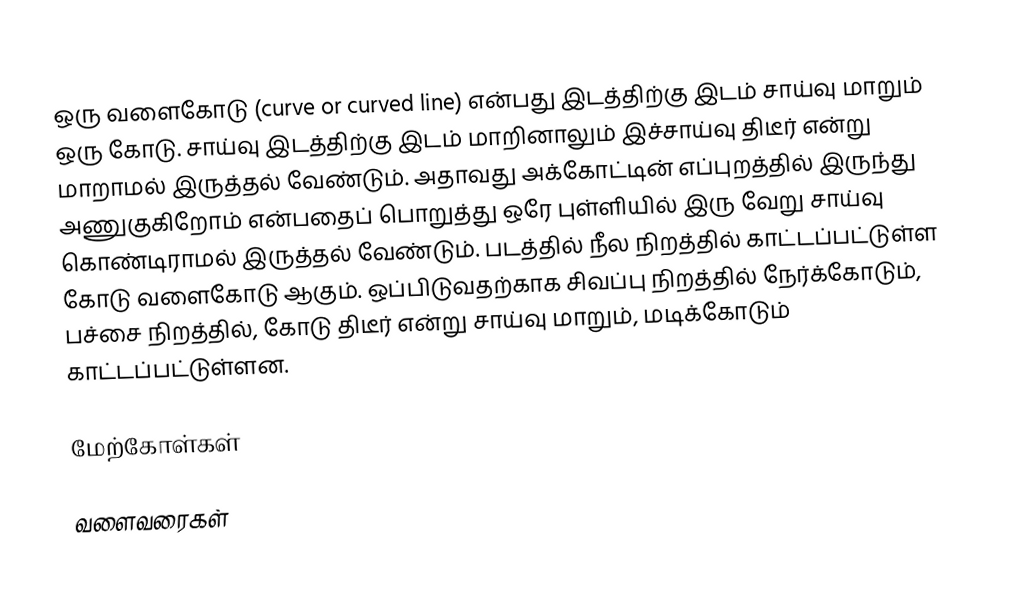
ஒரு வளைகோடு (curve or curved line) என்பது இடத்திற்கு இடம் சாய்வு மாறும் ஒரு கோடு. சாய்வு இடத்திற்கு இடம் மாறினாலும் இச்சாய்வு திடீர் என்று மாறாமல் இருத்தல் வேண்டும். அதாவது அக்கோட்டின் எப்புறத்தில் இருந்து அணுகுகிறோம் என்பதைப் பொறுத்து ஒரே புள்ளியில் இரு வேறு சாய்வு கொண்டிராமல் இருத்தல் வேண்டும். படத்தில் நீல நிறத்தில் காட்டப்பட்டுள்ள கோடு வளைகோடு ஆகும். ஒப்பிடுவதற்காக சிவப்பு நிறத்தில் நேர்க்கோடும், பச்சை நிறத்தில், கோடு திடீர் என்று சாய்வு மாறும், மடிக்கோடும்  காட்டப்பட்டுள்ளன.

மேற்கோள்கள்

வளைவரைகள்